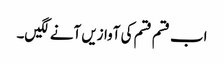
اب قسم قسم کی آوازیں آنے لگیں۔